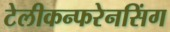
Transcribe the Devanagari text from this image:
टेलीकन्फरेनसिंग